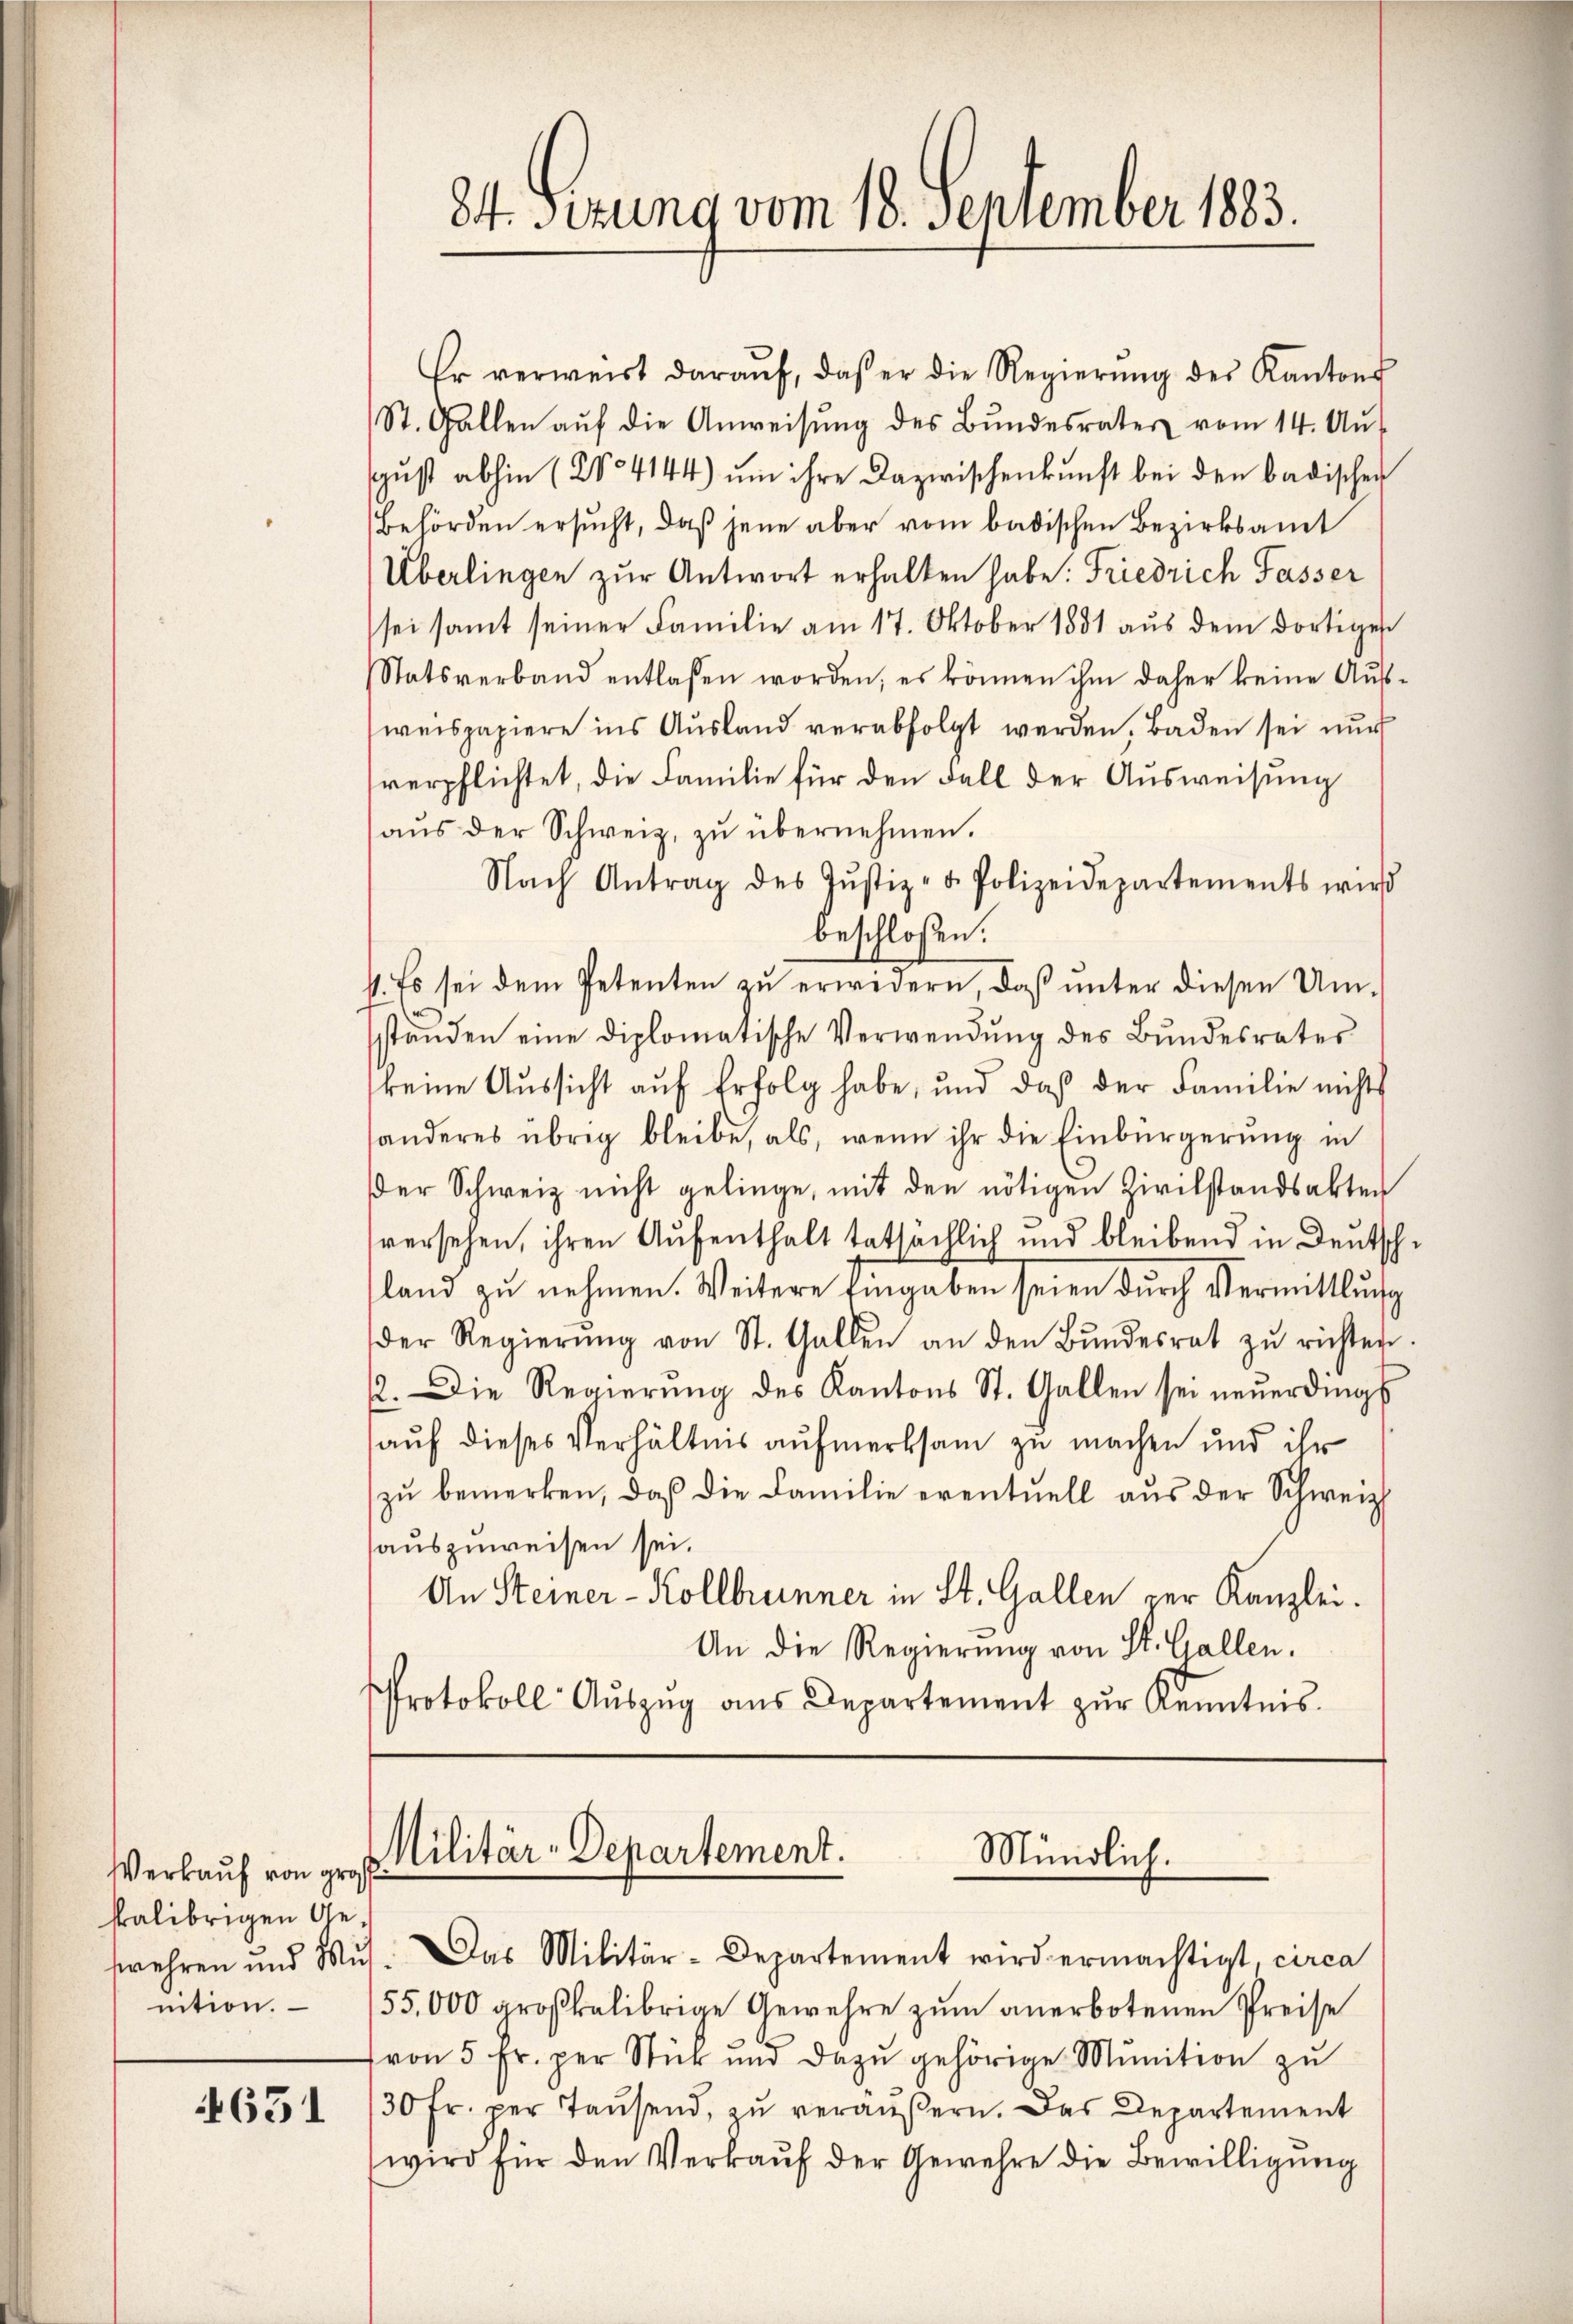
Verkauf von gra
salibrigen Genition.

1651

Er verweist daraŭf, daβ er die Regierŭng des Kantons
St. Gallen aŭf die Anweisŭng des Bŭndesrater vom 14. Au
gust abhin (No 4144) um ihre Dazwischenkunft bei den badischen
Behörden ersucht, daß jene aber vom badischen Bezirksamt
Überlingen zur Antwort erhalten habe. Friedrich Fasser
sei samt seiner Familie am 17. Oktober 1881 aŭs dem dortiges
Statsverband entlassen worden, es können ihm daher keine Ausweispapiere ins Aŭsland verabfolgt werden. Baden sei nur
verpflichtet, die Familie für den Fall der Ausweisung
aŭs der Schweiz, zŭ übernehmen.
Nach Antrag des Jŭstiz- u. Polizeidepartements wird
beschlossen:
1. Es sei dem Petenten zu erwidern, daß unter diesen Umständen eine diplomatische Verwendŭng des Bŭndesrates
keine Aussicht auf Erfolg habe, und daß der Familie nichts
sanderes übrig bleibe, als, wenn ihr die Einbürgerung in
der Schweiz nicht gelinge, mit den nötigen Zivilstandsakten
versehen, ihren Aufenthalt tatsächlich und bleibend in Deutschland zŭ nehmen. Weitere Eingaben seien dŭrch Vermittlung
der Regierŭng von St. Gallen an den Bŭndesrat zŭ richten.
12. Die Regierung des Kantons St. Gallen sei neuerdings
auf dieses Verhältnis aufmerksam zu machen und ihr
zŭ bemerken, daß die Familie eventuell aŭs der Schweiz
auszuweisen sei.
An Steiner- Kollbrunner in St. Gallen der Kanzlei.
An die Regierung von St. Gallen.
Protokoll Aŭszŭg aŭs Departement zŭr Kenntnis.

84. Ferung vom 18. September 183.

Militär-Departement.
Mündlich.

wehren und Mŭs. Das Militär-Departement wird ermächtigt, circa
55,000 großkalibrige Gewehre zum anerbotenen Preise
von 5 Fr. per Stück und dazŭ gehörige Munition zŭ
130 Fr. per Tausend, zu veräußern. Das Departement
wird für den Verkaŭf der Gewehre die Bewilligung